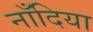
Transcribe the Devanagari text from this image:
नाँदिया